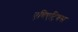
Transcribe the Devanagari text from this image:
एविएट्रिक्स